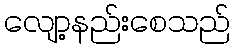
လျော့နည်းစေသည်